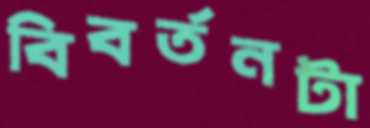
বিবর্তনটা